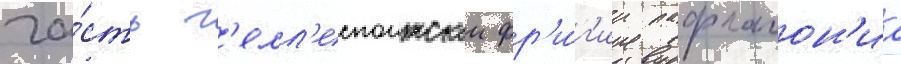
ча́сть г'елл'еспонтскои фр'и́г'ии пафлагон'иа